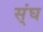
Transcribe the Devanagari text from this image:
स्ंघ